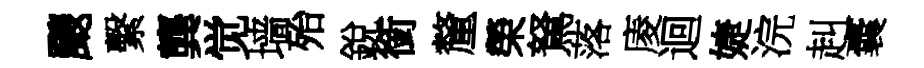
颼繫龔觉墙殆銳銜釐榮駑落庱迴婕浣赳囊